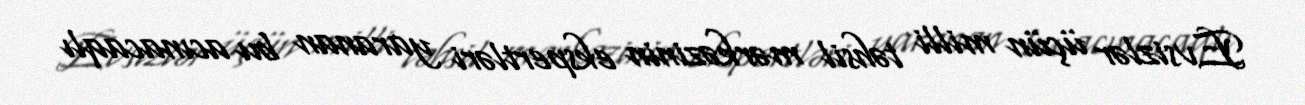
Evsizlər üçün milli təhsil mərkəzinin ekspertləri yaranan bu acınacaqlı